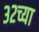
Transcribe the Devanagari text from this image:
३२च्या